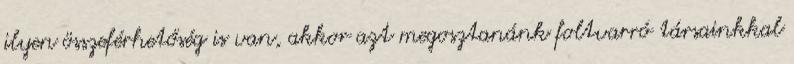
ilyen összeférhetőség is van, akkor azt megosztanánk foltvarró társainkkal